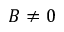
B \ne 0